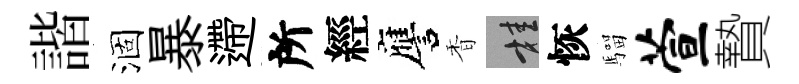
諧涸暴遰所經譍香桂恢騮萱贄